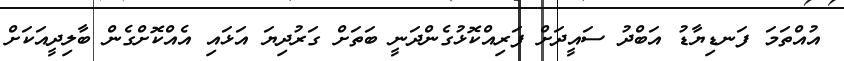
އުއްތަމަ ފަނޑިޔާޑު އަބްދު ސައީދަށް ފަރިއްކޮޅުގެންދަނީ ބަތަށް ގަރުދިޔަ އަޅައި އެއްކޮށްގެން ބާލިދީއަކަށް